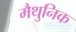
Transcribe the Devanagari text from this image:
मैथुनिक